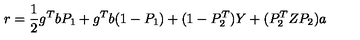
r = { \frac { 1 } { 2 } } g \sp { T } b P _ { 1 } + g \sp { T } b ( 1 - P _ { 1 } ) + ( 1 - P _ { 2 } \sp { T } ) Y + ( P _ { 2 } \sp { T } Z P _ { 2 } ) a